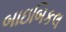
બાઇબિકલ